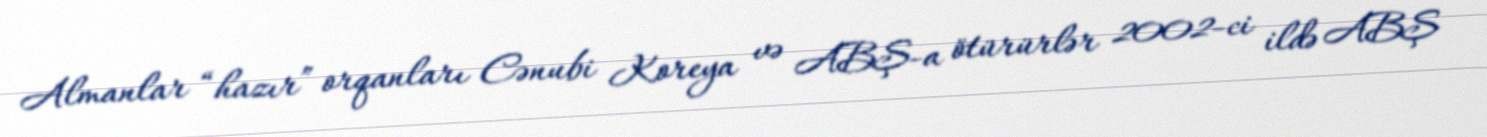
Almanlar “hazır” orqanları Cənubi Koreya və ABŞ-a ötürürlər 2002-ci ildə ABŞ